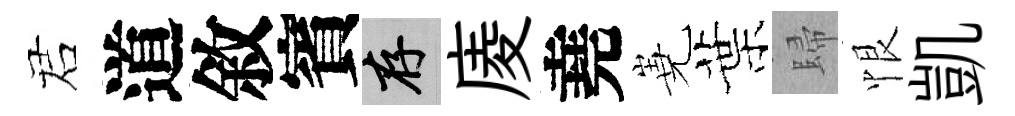
诺道敘賓存庱堯嶤葉歸恨凱